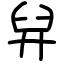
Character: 舁